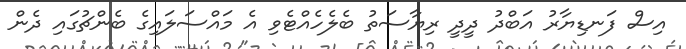
އިސް ފަނޑިޔާރު އަބްދު ދީދީ ރިޔާސަތު ބެލެހެއްޓެވި އެ މައްސަލައިގެ ބެންޗުގައި ދެން